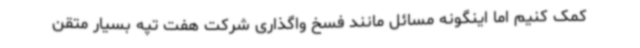
کمک کنیم اما اینگونه مسائل مانند فسخ واگذاری شرکت هفت تپه بسیار متقن